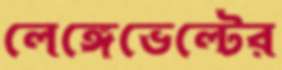
লেঙ্গেভেল্টের